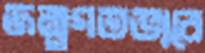
জন্মগতভাবে